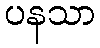
ပနသာ